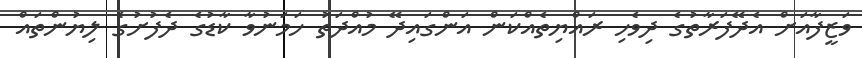
ވަޒީފާއަށް އެދޭފަރާތުގެ ދިވެހި ރައްޔިތެއްކަން އަންގައިދޭ މުއްދަތު ހަމަނުވާ ކާޑުގެ ދެފުށުގެ ލިޔުންތައް